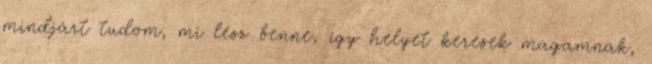
mindjárt tudom, mi lesz benne, így helyet keresek magamnak,